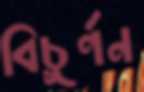
বিচূর্ণন